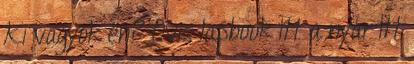
Ki vagyok én? Ovis lapbook Itt a nyár Itt